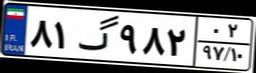
۸۱گ۹۸۲۰۲